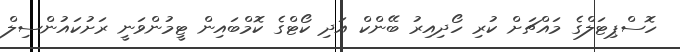
ހޮސްޕިޓަލްގެ މައްޗަށް ކުރި ހޯދިއިރު ބޭންކް އަދި ކޯޓްގެ ކޮމްބައިން ޓީމުންވަނީ ރަށުކައުންސިލް